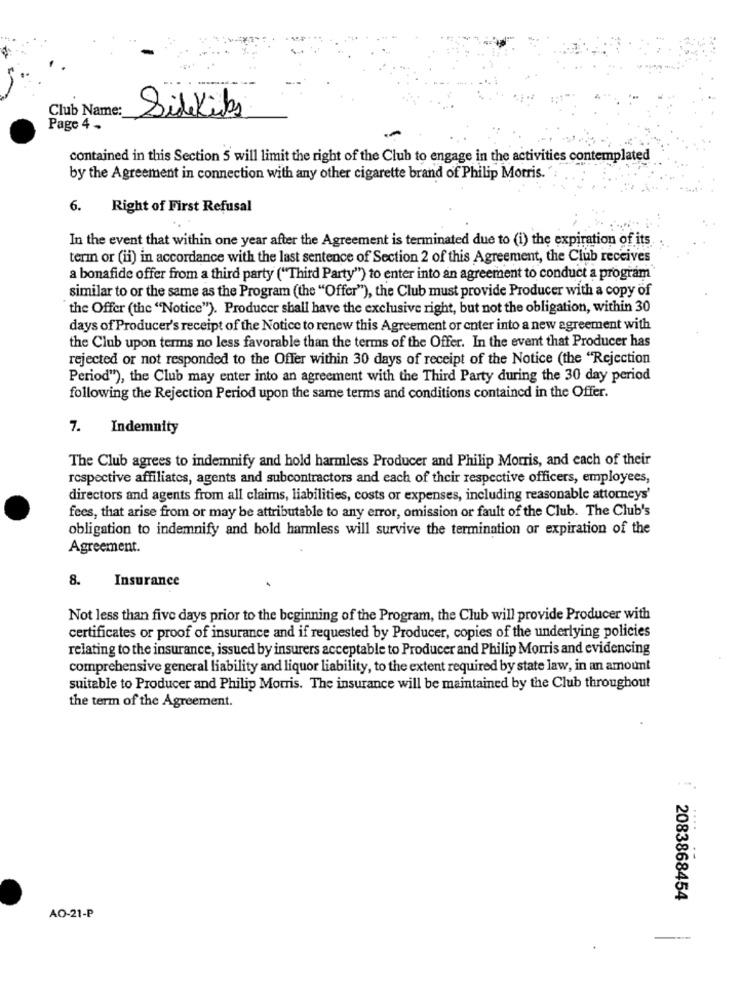
Club Name:
SideKicks
Page 4 -
contained in this Section 5 will limit the right of the Club to engage in the activities contemplated
by the Agreement in connection with any other cigarette brand of Philip Morris.
6.
Right of First Refusal
In the event that within one year after the Agreement is terminated due to (i) the expiration of its
terin or (ii) in accordance with the last sentence of Section 2 of this Agreement, the Club receives
a bonafide offer from a third party ("Third Party") to enter into an agreement to conduct a program
similar to or the same as the Program (the "Offer"), the Club must provide Producer with a copy of
the Offer (the "Notice"). Producer shall have the exclusive right, but not the obligation, within 30
days of Producer's receipt of the Notice to renew this Agreement or enter into a new agreement with
the Club upon terms no less favorable than the terms of the Offer. In the event that Producer has
rejected or not responded to the Offer within 30 days of receipt of the Notice (the "Rejection
Period"), the Club may enter into an agreement with the Third Party during the 30 day period
following the Rejection Period upon the same terms and conditions contained in the Offer.
7.
Indemnity
The Club agrees to indemnify and hold harmless Producer and Philip Morris, and each of their
respective affiliates, agents and subcontractors and each of their respective officers, employees,
directors and agents from all claims, liabilities, costs or expenses, including reasonable attorneys'
fees, that arise from or may be attributable to any error, omission or fault of the Club. The Club's
obligation to indemnify and hold harmless will survive the termination or expiration of the
Agreement.
8.
Insurance
Not less than five days prior to the beginning of the Program, the Club will provide Producer with
certificates or proof of insurance and if requested by Producer, copies of the underlying policies
relating to the insurance, issued by insurers acceptable to Producer and Philip Morris and evidencing
comprehensive general liability and liquor liability, to the extent required by state law, in an amount
suitable to Producer and Philip Morris. The insurance will be maintained by the Club throughout
the term of the Agreement.
2083868454
AO-21-P